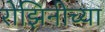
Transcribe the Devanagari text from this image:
रोझिनीच्या